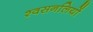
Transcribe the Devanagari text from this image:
श्वसनलियों